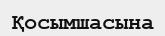
Қосымшасына